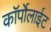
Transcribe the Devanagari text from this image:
कॉर्पोलाईट